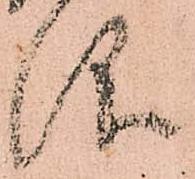
仰